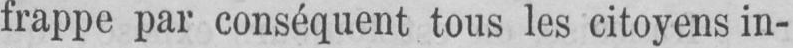
frappe par conséquent tous les citoyens in-